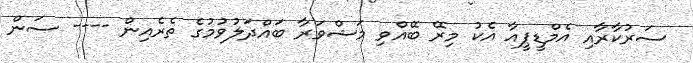
ސަރުކާރާއި އެމްޑީޕީއާ އެކު މިރޭ ބޭއްވި މަޝްވަރާ ބައްދަލުވުމުގެ ތެރެއިން ---- ސަން